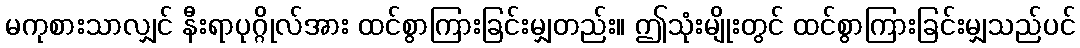
မကုစားသာလျှင် နီးရာပုဂ္ဂိုလ်အား ထင်စွာကြားခြင်းမျှတည်း။ ဤသုံးမျိုးတွင် ထင်စွာကြားခြင်းမျှသည်ပင်